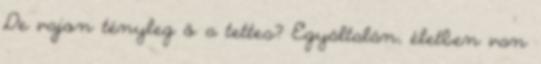
De vajon tényleg ő a tettes? Egyáltalán, életben van